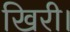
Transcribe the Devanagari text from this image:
खिरी।